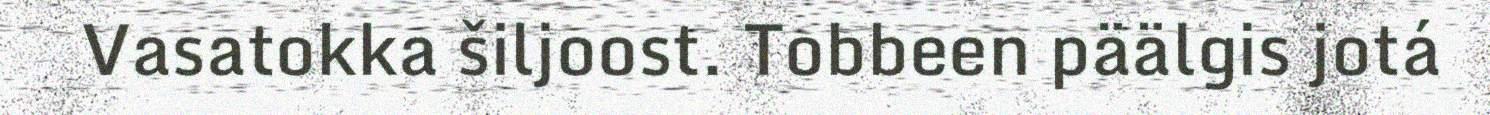
Vasatokka šiljoost. Tobbeen päälgis jotá